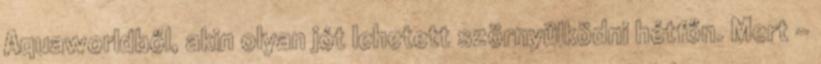
Aquaworldből, akin olyan jót lehetett szörnyülködni hétfőn. Mert -